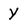
Character: Y